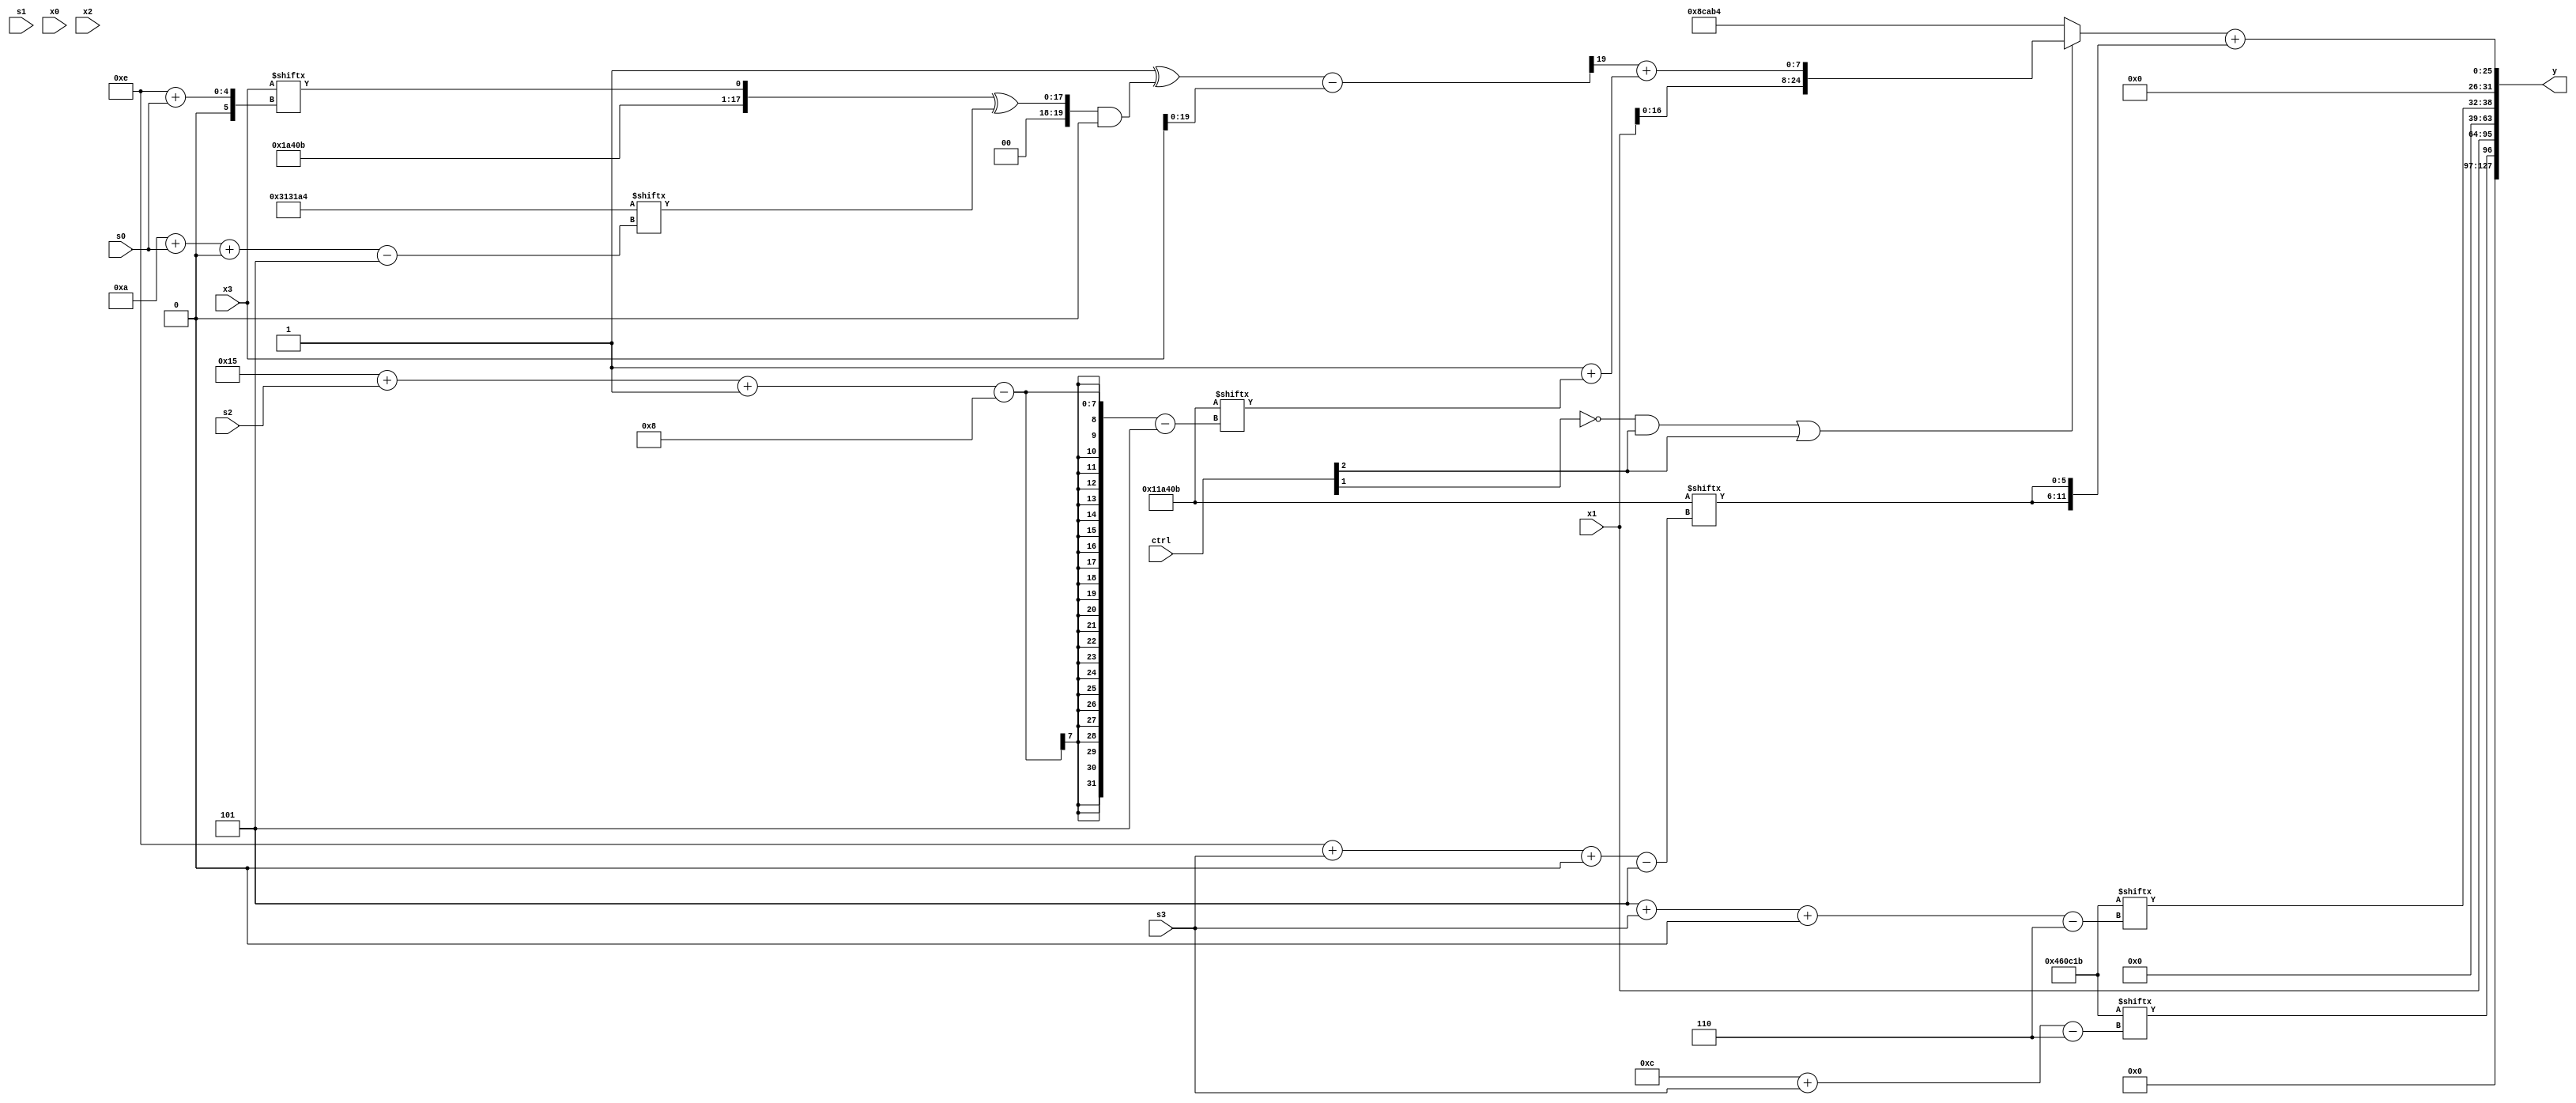
module partsel_00145(ctrl, s0, s1, s2, s3, x0, x1, x2, x3, y);
  input [3:0] ctrl;
  input [2:0] s0;
  input [2:0] s1;
  input [2:0] s2;
  input [2:0] s3;
  input [31:0] x0;
  input [31:0] x1;
  input signed [31:0] x2;
  input signed [31:0] x3;
  wire [7:26] x4;
  wire [4:28] x5;
  wire signed [1:27] x6;
  wire signed [3:26] x7;
  wire signed [25:6] x8;
  wire [27:0] x9;
  wire [7:29] x10;
  wire signed [24:7] x11;
  wire signed [3:28] x12;
  wire signed [29:6] x13;
  wire [7:29] x14;
  wire [3:27] x15;
  output [127:0] y;
  wire [31:0] y0;
  wire signed [31:0] y1;
  wire signed [31:0] y2;
  wire [31:0] y3;
  assign y = {y0,y1,y2,y3};
  localparam [29:6] p0 = 105253915;
  localparam [27:5] p1 = 305213860;
  localparam [25:5] p2 = 1156107;
  localparam signed [7:31] p3 = 671664820;
  assign x4 = p3[13 -: 2];
  assign x5 = x3[8];
  assign x6 = x4[31 + s2 +: 4];
  assign x7 = {(x4[14] | p2), (ctrl[0] || !ctrl[1] || ctrl[3] ? {2{x6[16 + s1]}} : (!ctrl[1] || !ctrl[1] && ctrl[2] ? x4[9 +: 4] : {2{x6[19 + s1]}}))};
  assign x8 = x1[19 + s2 +: 1];
  assign x9 = ((p2[15 +: 1] ^ (({p2, x3[14 + s0]} ^ p1[10 + s0 +: 8]) & (!ctrl[0] && ctrl[3] && ctrl[1] ? x4[12 -: 3] : x6[8 +: 1]))) - (!ctrl[3] && ctrl[3] && ctrl[1] ? p1[16 + s1 +: 8] : x3));
  assign x10 = p2;
  assign x11 = ((ctrl[2] || ctrl[0] || !ctrl[3] ? {2{{2{((x3[14 -: 1] ^ p1[21 + s3 -: 5]) + p3[4 + s1])}}}} : {({x5[22 -: 4], p1[9 + s2]} & (!ctrl[3] && !ctrl[3] || ctrl[2] ? ((x8 ^ p2) + (x1[6 + s1 +: 7] - x5[19 -: 3])) : x7)), p1[29 + s0 -: 6]}) | p3[25 + s1 -: 6]);
  assign x12 = x2[6 + s0];
  assign x13 = (ctrl[3] || !ctrl[0] && ctrl[3] ? x0 : (!ctrl[2] || !ctrl[3] && !ctrl[1] ? ({2{x11}} ^ x3) : x0[18 +: 1]));
  assign x14 = x0[4 + s3 +: 1];
  assign x15 = (ctrl[2] && !ctrl[1] || ctrl[2] ? {x7[19 + s1], {x1, (x9[19] + (p1[13 +: 1] + p2[21 + s2 -: 8]))}} : p3);
  assign y0 = p0[12 + s3];
  assign y1 = {2{x1}};
  assign y2 = p0[5 + s3 +: 7];
  assign y3 = (x15 + {2{p2[14 + s3 +: 6]}});
endmodule